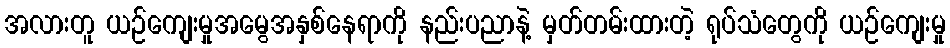
အလားတူ ယဉ်ကျေးမှုအမွေအနှစ်နေရာကို နည်းပညာနဲ့ မှတ်တမ်းထားတဲ့ ရုပ်သံတွေကို ယဉ်ကျေးမှု